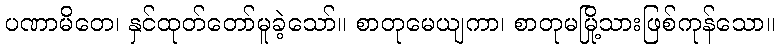
ပဏာမိတေ၊ နှင်ထုတ်တော်မူခဲ့သော်။ စာတုမေယျကာ၊ စာတုမမြို့သားဖြစ်ကုန်သော။